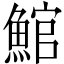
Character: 𩸘